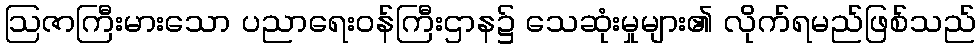
ဩဇာကြီးမားသော ပညာရေးဝန်ကြီးဌာန၌ သေဆုံးမှုများ၏ လိုက်ရမည်ဖြစ်သည်